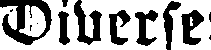
Diverse: